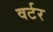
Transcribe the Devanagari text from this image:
वर्टर